Leningradi_Edasi_toimetus, lk 61
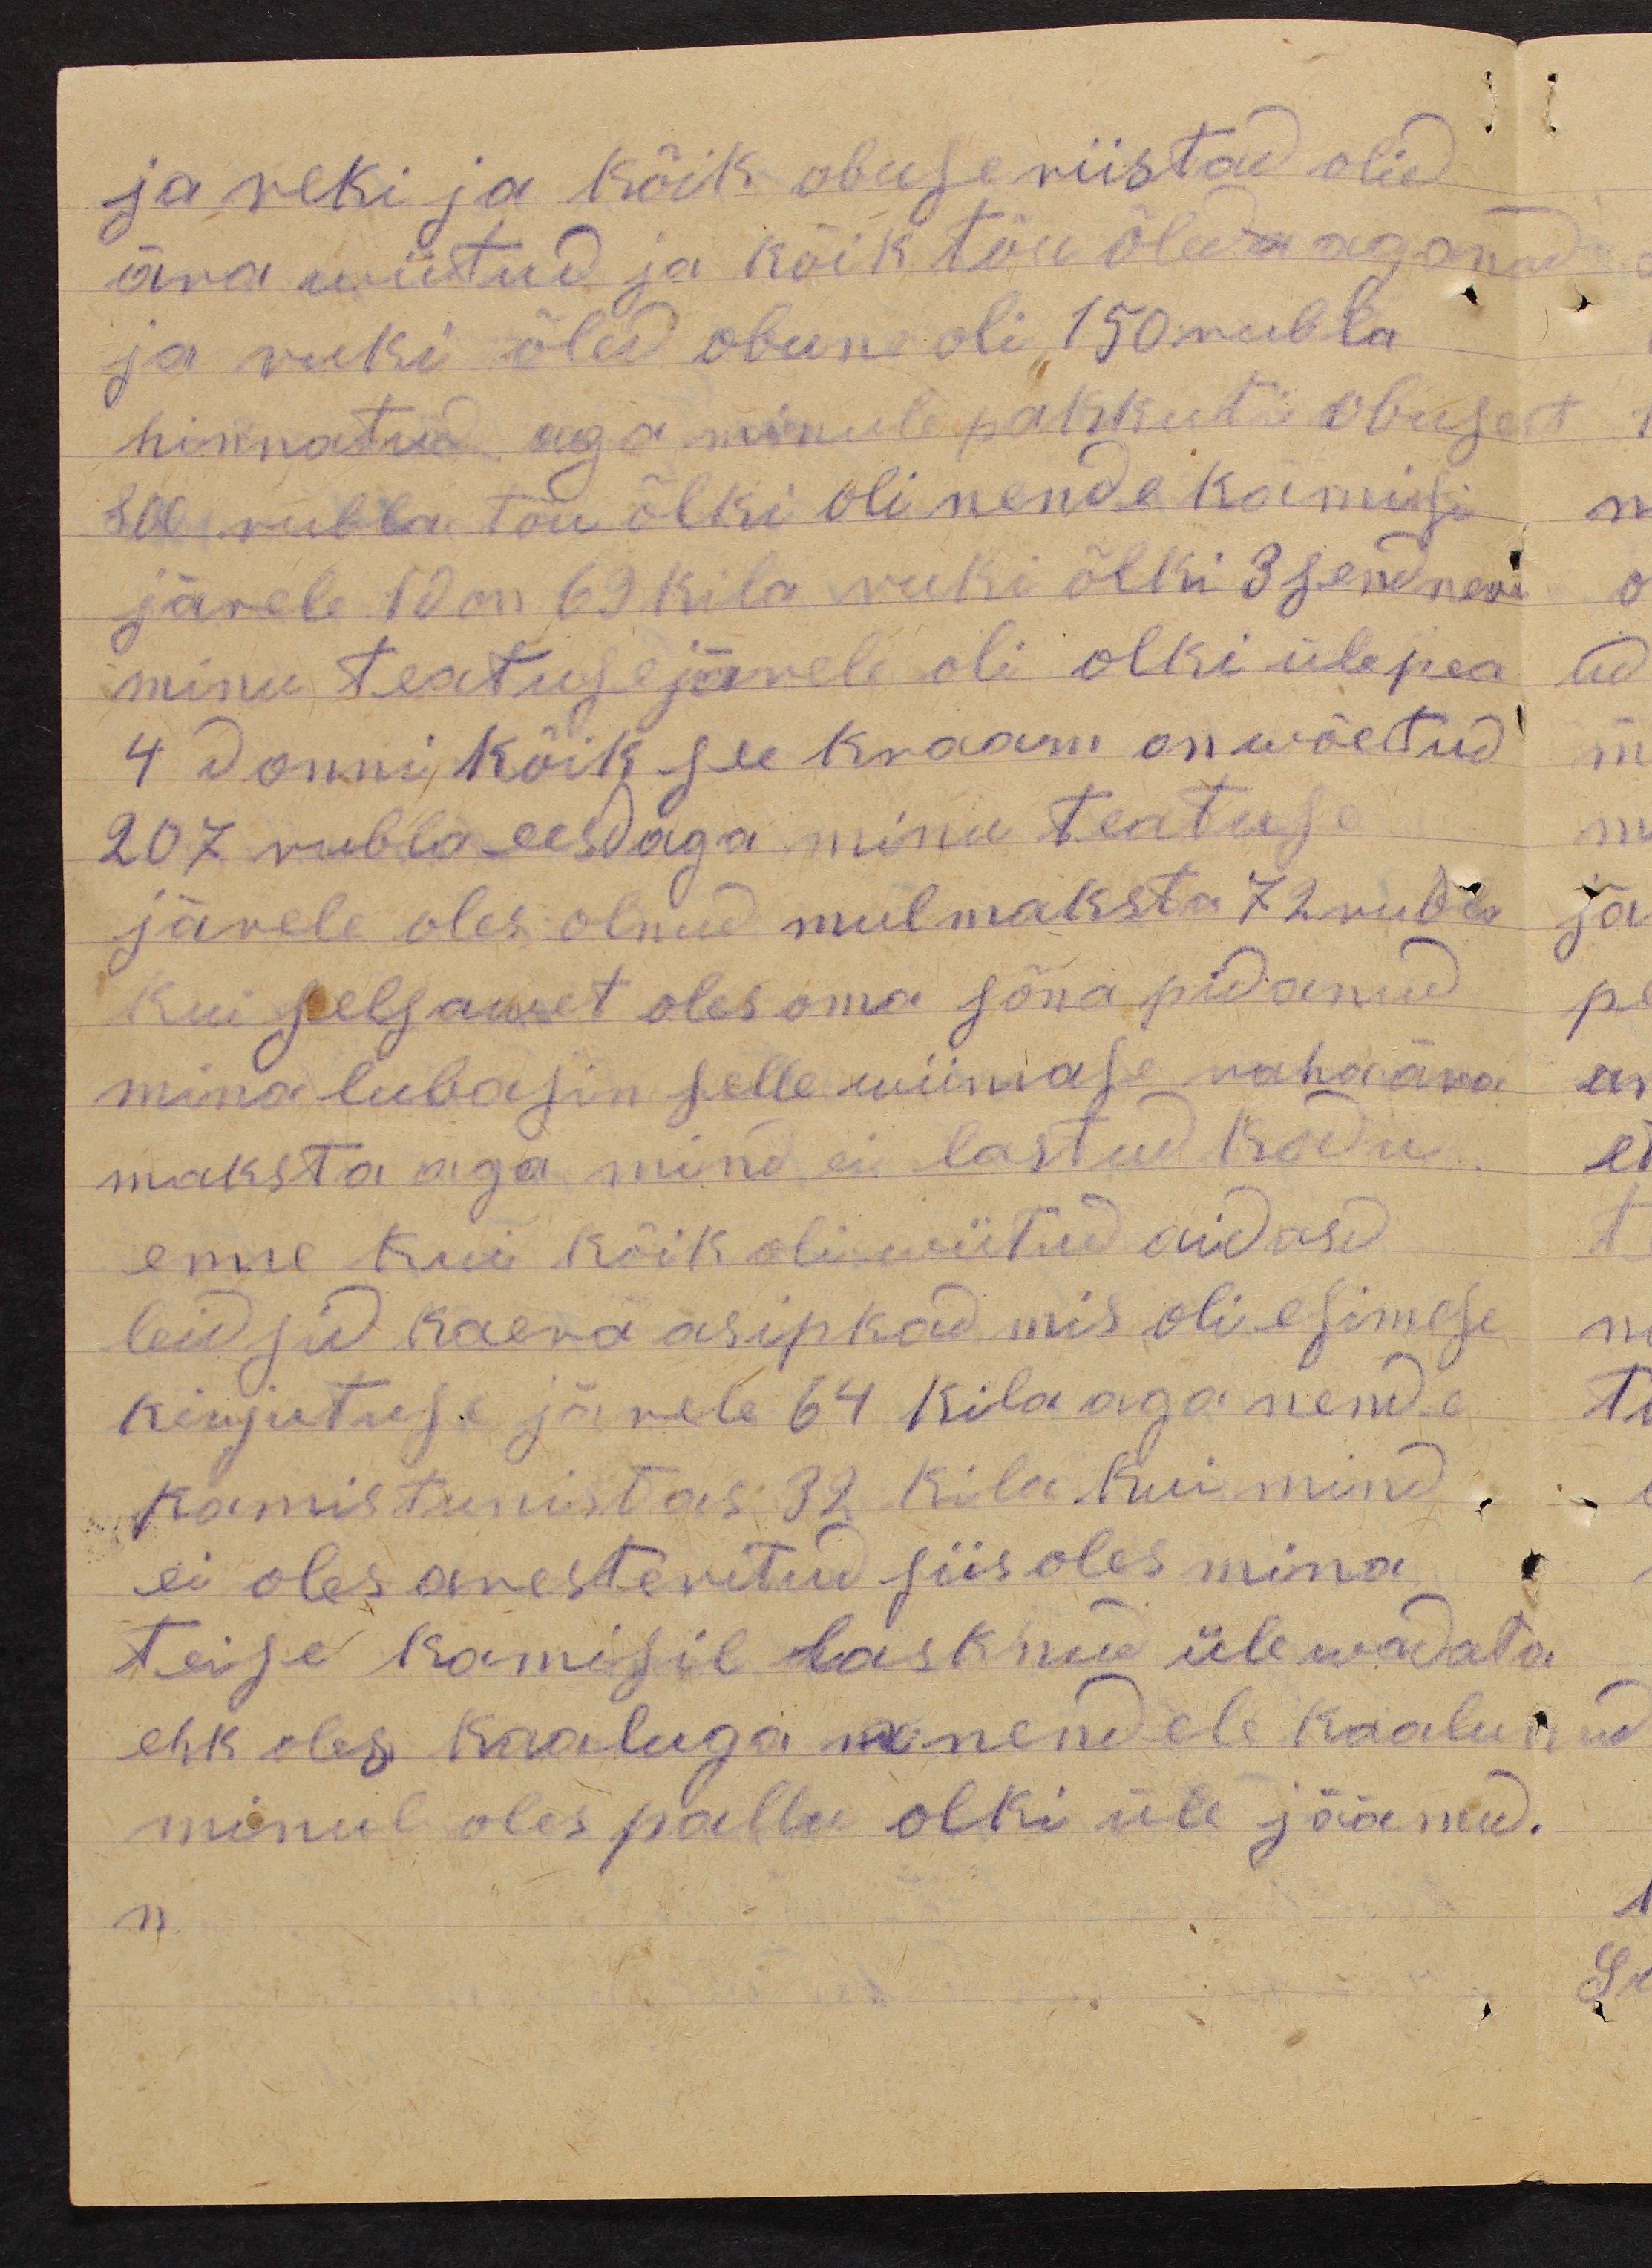
ja reki ja kõik obuseriistad olid
ära wiitud ja kõik tõu õled a aganad
ja ruki õled obune oli 150 rubla
hinnatud. aga minule pakkuti obusest
800 rubla tõu õlki oli nende kamissi
järele 10 on 69 kila ruki õlki 3 sendneri
minu teatuse järele oli olki ülepea
4 donni, Kõik see kraam on wõetud
207 rubla eesdaga minu teatuse
järele oles olnud mul maksta 72 rubla
kui selsawet oles oma sõna pidanud
mina lubasin selle wiimase raha ära
maksta aga mind ei lastud kodu.
enne kui kõik oli wiitud aidasd
leidsid kaera asipkad mis oli esimese
kirjutuse järele 64 kila aga nende
kamis tunistas 32 kila. Kui mind
ei oles aresteritud siis oles mina
teise komisil lasknud üle wadata
ehk oles kaaluga we nendele kaalunud
minul oles pallu olki üle jäänud.
n.